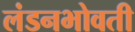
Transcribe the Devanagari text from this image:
लंडनभोवती